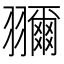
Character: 𦒤